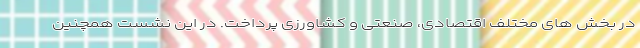
در بخش های مختلف اقتصادی، صنعتی و کشاورزی پرداخت. در این نشست همچنین